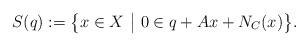
LaTeX: \begin{align*}S(q):=\big\{x\in X~\big|~0\in q+A x+N_C(x)\big\}.\end{align*}